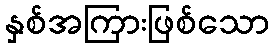
နှစ်အကြားဖြစ်သော